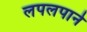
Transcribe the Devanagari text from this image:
लपलपाने